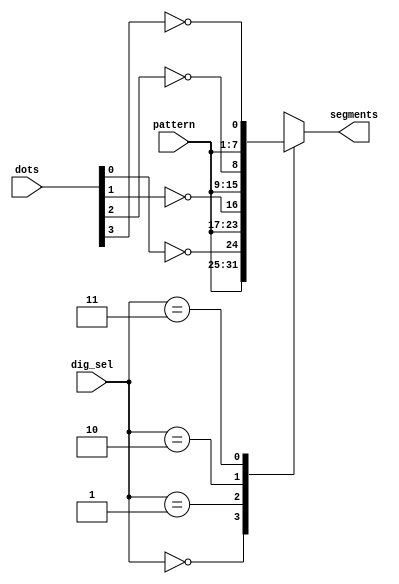

//Block 5 
// Module to add the dot to the display signal

module dot_adder(	
		 input [6:0]  pattern,
		 input [3:0]  dots,
  		 input [1:0]  dig_sel,
  	     	 output reg [7:0] segments 
		 );		
   
  always @ (dig_sel, pattern, dots) 
     case (dig_sel)
       
	     2'b00: segments = { pattern, !(dots[0]) };  // dot sigal needs to be inverted before adding

       2'b01: segments = { pattern, !(dots[1]) };
       
       2'b10: segments = { pattern, !(dots[2]) };
       
       2'b11: segments = { pattern, !(dots[3]) };
       
     endcase // case (dig_sel)

endmodule